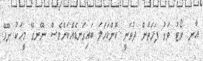
އާނ. ވޯޓު ވަގު ފަހަތުން ދުވަނީ ކޮންކަހަލަ ބައިގަނޑެއްކަންވެސް ނޭނގޭ މީހަކު ނޫޅޭ